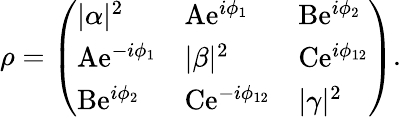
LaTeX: \rho=\left(\begin{array}{lll}{|\alpha|^{2}}&{\mathrm{A}\mathrm{e}^{i\phi_{1}}}&{\mathrm{B}\mathrm{e}^{i\phi_{2}}}\\ {\mathrm{A}\mathrm{e}^{-i\phi_{1}}}&{|\beta|^{2}}&{\mathrm{C}\mathrm{e}^{i\phi_{12}}}\\ {\mathrm{B}\mathrm{e}^{i\phi_{2}}}&{\mathrm{C}\mathrm{e}^{-i\phi_{12}}}&{|\gamma|^{2}}\end{array}\right).